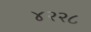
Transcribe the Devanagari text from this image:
४२२८